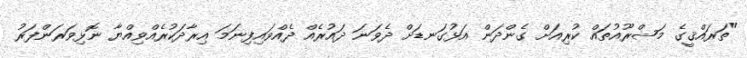
"ތަރައްޤީގެ މަޝްރޫއުތައް ކުރިއަށް ގެންދަން އަޅުގަނޑަށް ދެވަނަ ދައުރެއް ދެއްވައިފިނަމަ އިރާދަކުރެއްވިއްޔާ ނޮޅިވަރަންފަރު